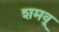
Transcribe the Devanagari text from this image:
शमवू